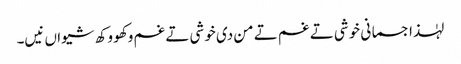
لہٰذا جسمانی خوشی تے غم تے من دی خوشی تے غم وکھو وکھ شیواں نیں۔